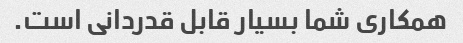
همکاری شما بسیار قابل قدردانی است.